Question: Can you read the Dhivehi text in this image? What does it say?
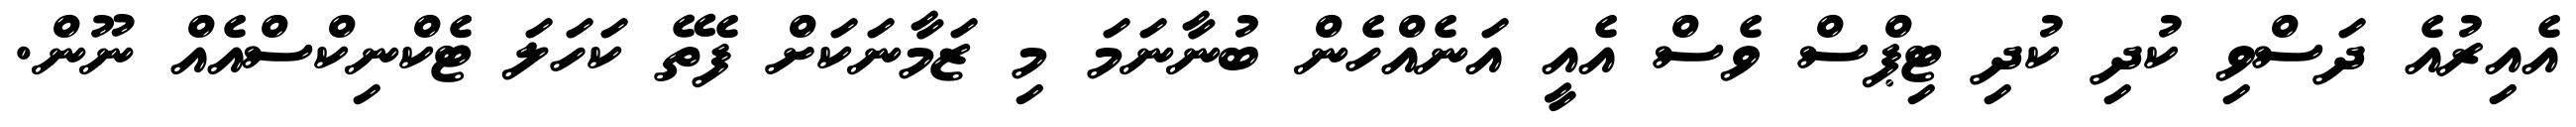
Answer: އެއިރުއެ ދަސްވި ކުދި ކުދި ޓިޕްސް ވެސް އެއީ އަނެއްހެން ބުނާނަމަ މި ޒަމާނަކަށް ފެތޭ ކަހަލަ ޓެކްނިކްސްއެއް ނޫން.